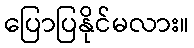
ပြောပြနိုင်မလား။